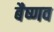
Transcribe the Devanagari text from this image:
बैष्णव